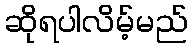
ဆိုရပါလိမ့်မည်